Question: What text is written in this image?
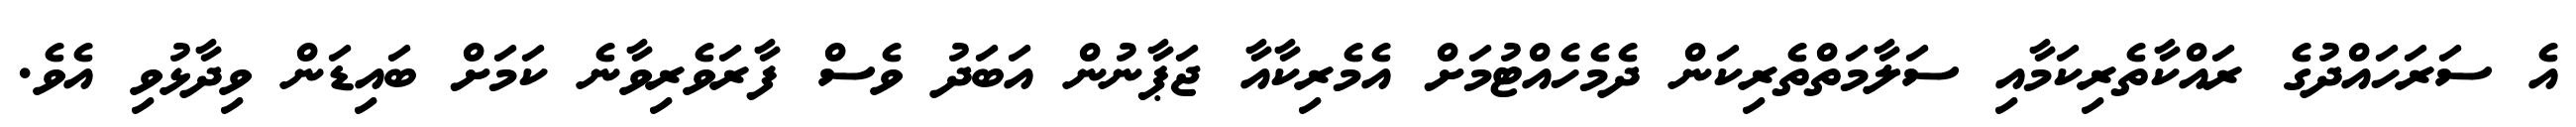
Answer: އެ ސަރަހައްދުގެ ރައްކާތެރިކަމާއި ސަލާމަތްތެރިކަން ދެމެހެއްޓުމަށް އެމެރިކާއާ ޖަޕާނުން އަބަދު ވެސް ފާރަވެރިވާނެ ކަމަށް ބައިޑަން ވިދާޅުވި އެވެ.